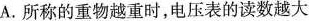
A.所称的重物越重时，电压表的读数越大